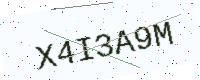
Text: X4I3A9M